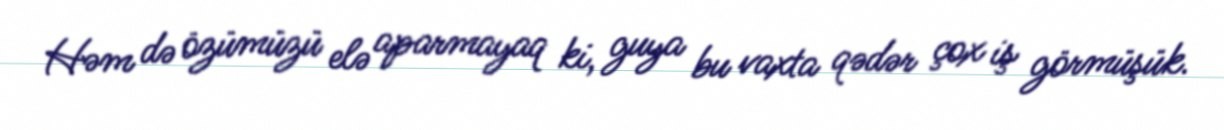
Həm də özümüzü elə aparmayaq ki, guya bu vaxta qədər çox iş görmüşük.